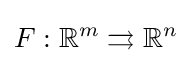
F:\mathbb {R} ^{m}\rightrightarrows \mathbb {R} ^{n}